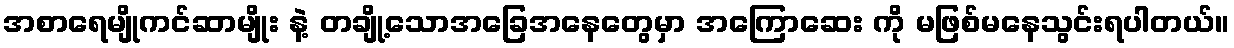
အစာရေမျိုကင်ဆာမျိုး နဲ့ တချို့သောအခြေအနေတွေမှာ အကြောဆေး ကို မဖြစ်မနေသွင်းရပါတယ်။